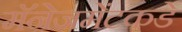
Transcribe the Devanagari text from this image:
मॅनेजमेंटकडे